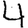
Digit: 4